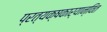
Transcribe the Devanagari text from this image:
प्रत्यक्षकार्यान्वित